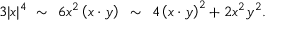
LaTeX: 3 | x | ^ { 4 } ~ \sim ~ 6 x ^ { 2 } \left( x \cdot y \right) ~ \sim ~ 4 \left( x \cdot y \right) ^ { 2 } + 2 x ^ { 2 } y ^ { 2 } .